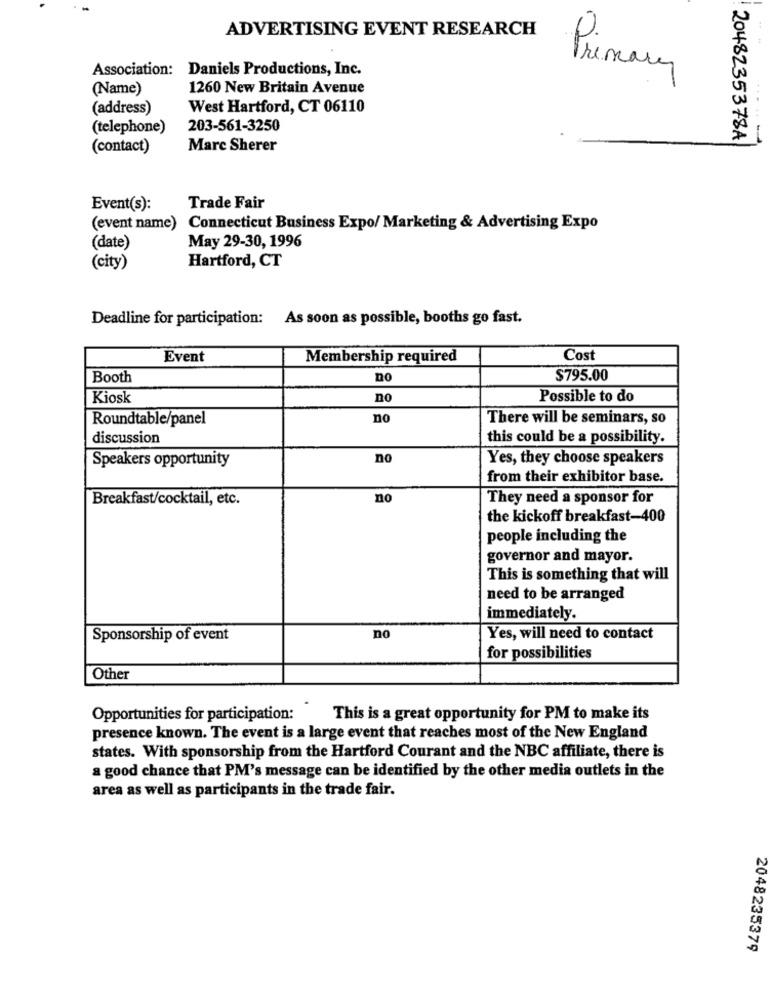
ADVERTISING EVENT RESEARCH
Association: Daniels Productions, Inc.
Primary
(Name)
1260 New Britain Avenue
(address)
West Hartford, CT 06110
(telephone)
203-561-3250
2048235378A
(contact)
Marc Sherer
Event(s):
Trade Fair
(event name) Connecticut Business Expo/ Marketing & Advertising Expo
May 29-30, 1996
(date)
Hartford, CT
(city)
Deadline for participation: As soon as possible, booths go fast.
Event
Membership required
Cost
Booth
no
$795.00
Kiosk
no
Possible to do
Roundtable/panel
no
There will be seminars, so
discussion
this could be a possibility.
Speakers opportunity
no
Yes, they choose speakers
from their exhibitor base.
Breakfast/cocktail, etc.
no
They need a sponsor for
the kickoff breakfast-400
people including the
governor and mayor.
This is something that will
need to be arranged
immediately.
Sponsorship of event
no
Yes, will need to contact
for possibilities
Other
Opportunities for participation:
This is a great opportunity for PM to make its
presence known. The event is a large event that reaches most of the New England
states. With sponsorship from the Hartford Courant and the NBC affiliate, there is
a good chance that PM's message can be identified by the other media outlets in the
area as well as participants in the trade fair.
2048235379